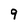
Character: 9